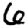
Digit: 6